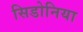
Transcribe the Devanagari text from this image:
सिडोनिया